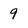
Character: 9